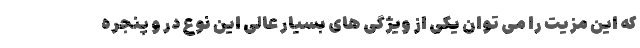
که این مزیت را می توان یکی از ویژگی های بسیار عالی این نوع در و پنجره